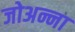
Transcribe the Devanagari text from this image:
जोअन्ना